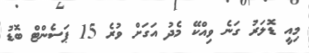
މިއީ ޑޮލަރު ގަނެ ވިއްކޭ މެދު އަގަށް ވުރެ 15 ޕަސެންޓް ބޮޑު